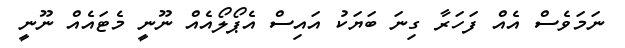
ނަމަވެސް އެއް ފަހަރާ ގިނަ ބަޔަކު އައިސް އެޕޯލޯއެއް ނޫނީ މެޓައެއް ނޫނީ